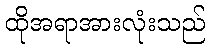
ထိုအရာအားလုံးသည်